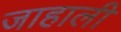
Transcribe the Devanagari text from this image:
जाहाली